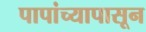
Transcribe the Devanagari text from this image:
पापांच्यापासून